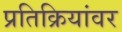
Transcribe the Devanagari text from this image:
प्रतिक्रियांवर